Calcutta medical institutions reports 1871-78
Year: 1871
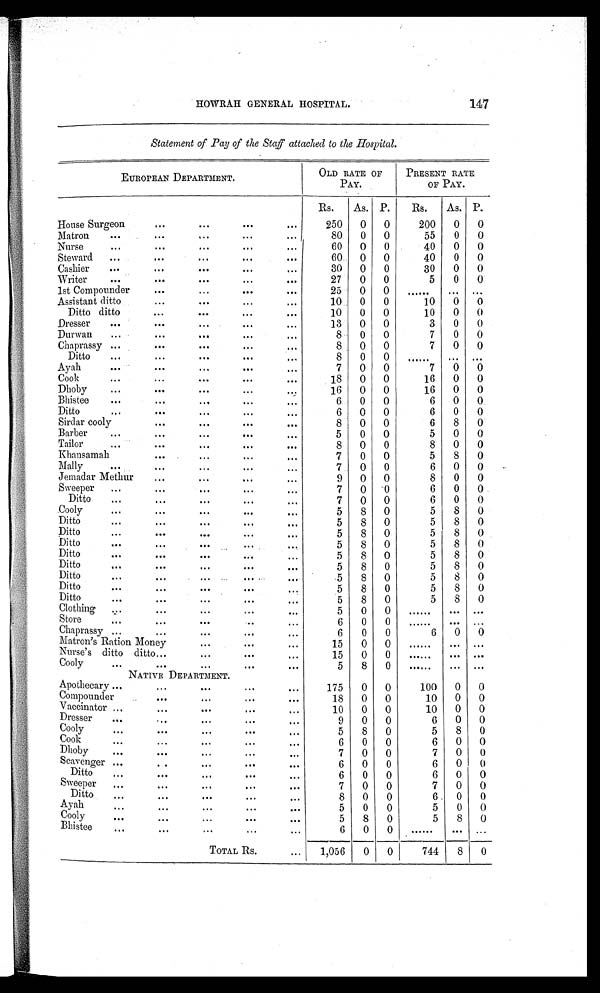
Statement of Pay of the Staff attached to the Hospital.
EUROPEAN DEPARTMENT.
OLD RATE OF
PAY.
PRESENT RATE
OF PAY.
Rs.
As. P.
Rs.
As. P.
House Surgeon
• ..
• • .
• ••
...
250
0
0
200
0
0
Matron
• • •
...
, • .
• • •
...
80
0
0
55
0
0
Nurse
...
• • •
...
...
4 O.
60
0
0
40
0
0
Steward
...
.. •
...
• • •
• • •
60
0
0
40
0
0
Cashier
• ••...
•••
•••
•••
30
0
0
30
0
0
Writer
• .•
•••
•••
• • •
•••
27
0
0
5
0
0
1st Compounder
•••
. . . ••• • •
25
0
0
.........
Assistant ditto
...
• ••
... ••
10
0
0
10
0
0
Ditto ditto
...
•••
.••
•••
10
0
0
10
0
0
Dresser
•••
• • •
. • .
...
...
13
0
0
3
0
0
Durwan
...
...
..•
• • •
...
8
0
0
7
0
0
Chaprassy ...
• • •
. • •
...
...
8
0
0
7
0
0
Ditto
...
•• •
•••
•••
. . . 1
8
0
0
......
. . .
• ••
Ayah
•••
• • •
.. •
•••
.. .
7
0
0
7
0
0
Cook
.. •••
•••
•••
•••
18
0
0
16
0
0
Dhoby
..•
••
• • •
...
16
0
0
16
0
0
Bhistee
• • .
...
...
...
...
6
0
0
6
0
0.
Ditto
...
• • •
• • •
...
...
6
0
0
6
0
0
Sirder cooly
. • •
• • •
• • •
• • •
8
0
0
6
8
0
Barber
...
•..
• • •
•••
...
5
0
0
5
0
0
Tailor
...
• • •
...
.. •
•••
8
0
0
8
0
0
Khansamah
• ••
• • .
...
...
7
0
0
5
8
0
Mally
...
...
... ...
7
0
0
6
0
0
Jemadar Methur
. • •
••
...
•••
9
0
0
8
0
0
Sweeper
...
...
. . • ... • • .
7
0
'0
6
0
0
Ditto
...
•••
•••
...
•••
7
0
0
6
0
0
Cooly
• • .
.. •
• ..
•••
...
5
8
0
5
8
0
Ditto
...
. • .
...
. • .
...
5
8
0
5
8
0
Ditto
• • •
•••
... ...
. • 1
5
8
0
5
8
0
Ditto
• • •
...
• . •
. • .
.. a
5
8
0
5
8
0
Ditto
• • •
•••..
... ...
5
8
0
5
8
0
Ditto .. ..
. • ..., . • •
5
8
0
5
8
0
Ditto
...
•••
...
•••
...
.5
8
0
5
8
0
Di tto
• • . . . ... •• • • • •
5
8
0
5
8
0
Ditto
• . •
•••
..
••
...
5
8
0
5
8
0
Clothing
.....
• • .
...
...
...
5
0
0
......
•• • • • .
Store
...
. • • ••• •• • • .
6
0
0
......
Chaprassy
6
0
0
6
0
0
M a t r o n ' s R a t i o n M o n e y
. . . .
• • •
• • .
15
0
0
......
•••
•• •
Nurse's ditto ditto...
. • .
• • .
...
15
0
0
......
..• •••
Cooly
• • •
• • •
...
.. •
• • •
5
8
0
......
NATIVE DEPARTMENT.
Apothecary ...
...
•• •
...
...
175
0
0
100
0
0
. . .
...
...
• • •
Compounder
18
0
0
10
0
0
.. •
•••
•••
•••
. • •
Vaccinator
1 0
0
0
1 0
0
0
Dresser
•••
• ..
...
. • • . . .
9
0
0
6
0
0
Cooly
...
• • •
... •••
...
5
8
0
5
8
0
Cook:... ... ... ... • • •
6
0
0
6
0
0
Dhoby
• . •
• • •
...
• . •
...
7
0
0
7
0
0
Scavenger ...
• .
...
• • •••
6
0
0
6
0
0
Ditto..,
• .. .
..
• • • . . .
6
0
0
6
0
0
Sweeper
.... • •
...
...
•..
7
0
0
7
0
0
Ditto...
.. •
•••
. • .
. . .
8
0
0
6
0
0
Ayah
.... • •
• . •
• ..
...
5
0
0
5
0
0
Cooly
• • •
• . •
.••
•••
•••
5
8
0
5
8
0
B h i s t e e . . .
.... ...
. . .
. . .
6 0
0
......
. . .
. . .
TOTAL Rs.
.. •
1,056 ,
0
0
744
8
0